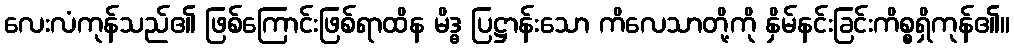
လေးလံကုန်သည်၏ ဖြစ်ကြောင်းဖြစ်ရာထိန မိဒ္ဓ ပြဋ္ဌာန်းသော ကိလေသာတို့ကို နှိမ်နင်းခြင်းကိစ္စရှိကုန်၏။